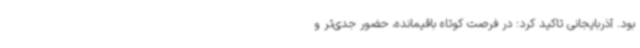
بود. آذربایجانی تاکید کرد: در فرصت کوتاه باقیمانده، حضور جدی‌تر و